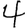
Digit: 4